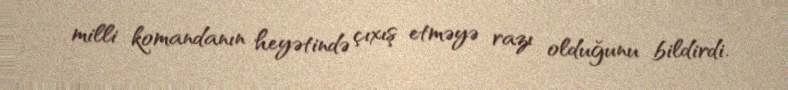
milli komandanın heyətində çıxış etməyə razı olduğunu bildirdi.